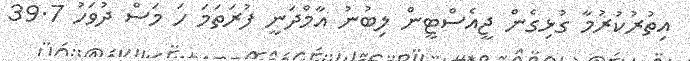
އިތުރުކުރުމާ ގުޅިގެން ޖީއެސްޓީން ލިބުނު އާމްދަނީ ފުރަތަމަ ހަ މަސް ދުވަހު 39.7